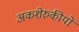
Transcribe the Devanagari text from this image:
अकशेरुकीयों